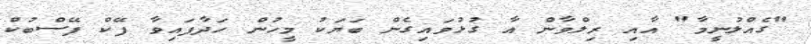
"ގެއްލުނީމާ" އާއި ރިލްވާން އާ ގުޅުވައިގެން ބަޔަކު މީހުން ހަދާފައިވާ ފޭކް ފޭސްބުކް